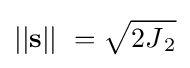
||\mathbf {s} ||\ ={\sqrt {2{{J}_{\,2}}}}